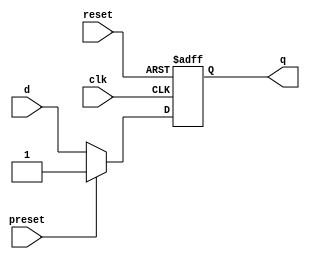
module d_ff_async_preset (
    input wire clk,
    input wire reset,
    input wire preset,
    input wire d,
    output reg q
);

always @(posedge clk or posedge reset)
begin
    if (reset)
        q <= 1'b0; // Initialize flip-flop to 0 on reset
    else if (preset)
        q <= 1'b1; // Set the flip-flop to 1 asynchronously
    else
        q <= d; // Store the D input value on the rising edge of the clock signal
end

endmodule